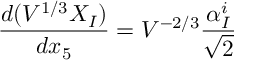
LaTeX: \frac { d ( { \cal V } ^ { 1 / 3 } X _ { I } ) } { d x _ { 5 } } = { \cal V } ^ { - 2 / 3 } \frac { \alpha _ { I } ^ { i } } { \sqrt 2 }